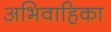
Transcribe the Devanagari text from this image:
अभिवाहिका